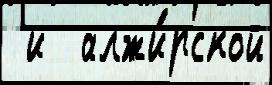
 и  алжи́рской